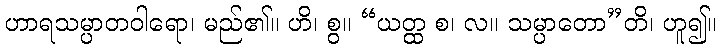
ဟာရသမ္ပာတဝါရော၊ မည်၏။ ဟိ၊ စွ။ “ယတ္ထ စ၊ လ။ သမ္ပာတော”တိ၊ ဟူ၍။